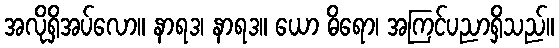
အလိုရှိအပ်လော။ နာရဒ၊ နာရဒ။ ယော ဓိရော၊ အကြင်ပညာရှိသည်။